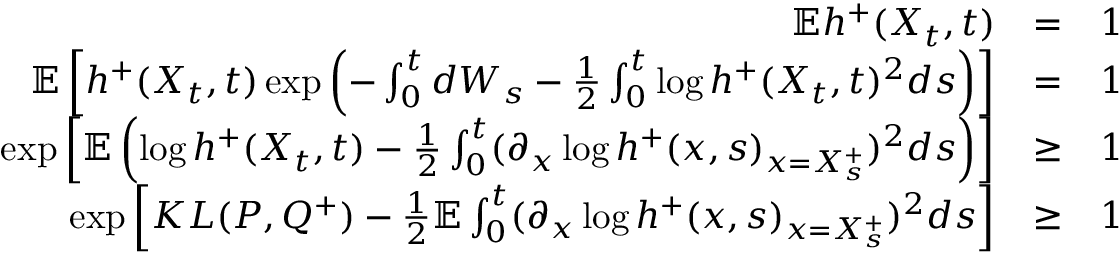
\begin{array} { r l r } { \mathbb { E } h ^ { + } ( X _ { t } , t ) } & { = } & { 1 } \\ { \mathbb { E } \left[ h ^ { + } ( X _ { t } , t ) \exp \left( - \int _ { 0 } ^ { t } d W _ { s } - \frac { 1 } { 2 } \int _ { 0 } ^ { t } \log h ^ { + } ( X _ { t } , t ) ^ { 2 } d s \right) \right] } & { = } & { 1 } \\ { \exp \left[ \mathbb { E } \left( \log h ^ { + } ( X _ { t } , t ) - \frac { 1 } { 2 } \int _ { 0 } ^ { t } ( \partial _ { x } \log h ^ { + } ( x , s ) _ { x = X _ { s } ^ { + } } ) ^ { 2 } d s \right) \right] } & { \geq } & { 1 } \\ { \exp \left[ K L ( P , Q ^ { + } ) - \frac { 1 } { 2 } \mathbb { E } \int _ { 0 } ^ { t } ( \partial _ { x } \log h ^ { + } ( x , s ) _ { x = X _ { s } ^ { + } } ) ^ { 2 } d s \right] } & { \geq } & { 1 } \end{array}